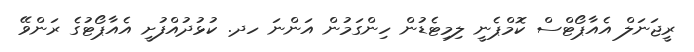
ރީޖަނަލް އެއާޕޯޓްސް ކޮމްޕެނީ ލިމިޓެޑުން ހިންގަމުން އަންނަ ހދ. ކުޅުދުއްފުށީ އެއާޕޯޓުގެ ރަންވޭ